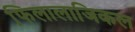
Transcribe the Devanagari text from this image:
फि़लालाजिकल